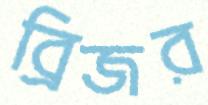
ব্রিজর